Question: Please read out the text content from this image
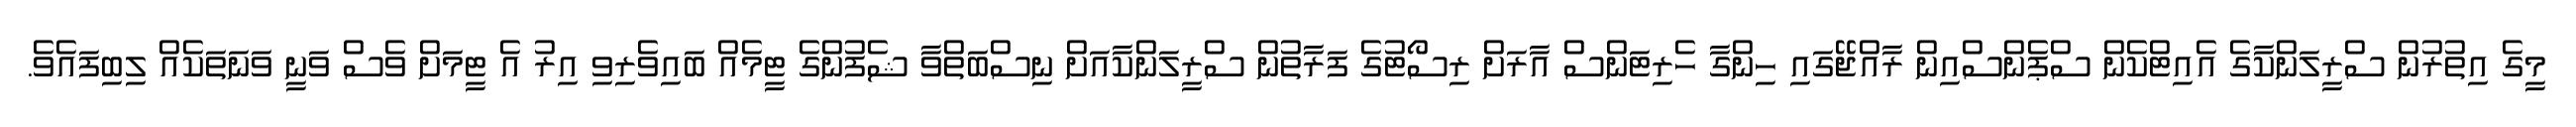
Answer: މީގެ އިތުރުން ސްރީލަންކާގެ އެއިޓްކެން ސްޕެންސްއިން ރާއްޖޭގައި ހިންގާ ހެރިޓަންސް އާރަށް ރިސޯޓުގެ ފަރާތުން ސްރީލަންކާއަށް ނިސްބަތްވާ ޝެފުންގެ ޓީމެއް ބައިވެރިވި އިރު އެ ޓީމަށް ވެސް ވަނީ ވަނަތަކެއް ލިބިފައެވެ.